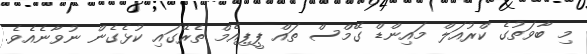
މި ބާވަތުގެ ކްރުއަލް މައިންޑް ގޭމްސް ތައްް ޕީޕިއެމް ތެރޭގައި ކުޅެގެން ނުވާނެއެވެ.